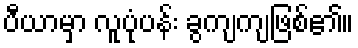
ပီယာမှာ လူပုံပန်း ခွကျကျဖြစ်၏။